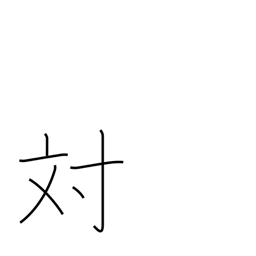
Meaning: opposite